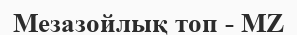
Мезазойлық топ - MZ